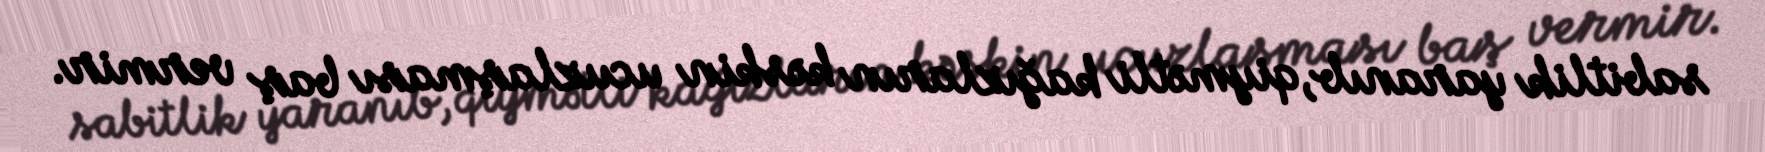
sabitlik yaranıb, qiymətli kağızların kəskin ucuzlaşması baş vermir.